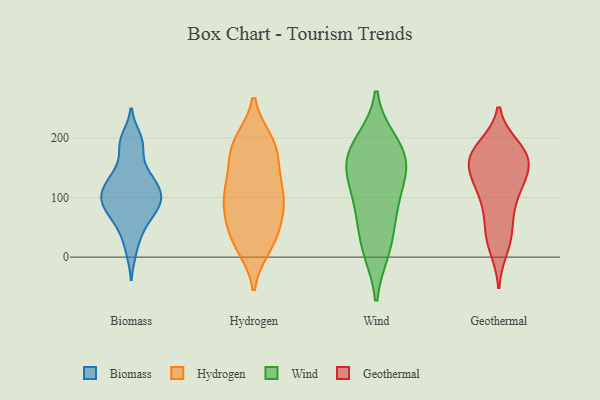
{"axis": {"x": "Website Visitors", "y": "Value"}, "legend": ["Biomass", "Geothermal", "Hydrogen", "Wind"], "data": [{"x": "", "y": 97, "type": "Biomass"}, {"x": "", "y": 188, "type": "Biomass"}, {"x": "", "y": 68, "type": "Biomass"}, {"x": "", "y": 101, "type": "Biomass"}, {"x": "", "y": 107, "type": "Biomass"}, {"x": "", "y": 45, "type": "Biomass"}, {"x": "", "y": 119, "type": "Biomass"}, {"x": "", "y": 61, "type": "Biomass"}, {"x": "", "y": 136, "type": "Biomass"}, {"x": "", "y": 93, "type": "Biomass"}, {"x": "", "y": 136, "type": "Biomass"}, {"x": "", "y": 200, "type": "Biomass"}, {"x": "", "y": 137, "type": "Biomass"}, {"x": "", "y": 11, "type": "Biomass"}, {"x": "", "y": 85, "type": "Biomass"}, {"x": "", "y": 187, "type": "Biomass"}, {"x": "", "y": 94, "type": "Biomass"}, {"x": "", "y": 79, "type": "Hydrogen"}, {"x": "", "y": 104, "type": "Hydrogen"}, {"x": "", "y": 114, "type": "Hydrogen"}, {"x": "", "y": 161, "type": "Hydrogen"}, {"x": "", "y": 193, "type": "Hydrogen"}, {"x": "", "y": 16, "type": "Hydrogen"}, {"x": "", "y": 75, "type": "Hydrogen"}, {"x": "", "y": 102, "type": "Hydrogen"}, {"x": "", "y": 54, "type": "Hydrogen"}, {"x": "", "y": 110, "type": "Hydrogen"}, {"x": "", "y": 150, "type": "Hydrogen"}, {"x": "", "y": 108, "type": "Hydrogen"}, {"x": "", "y": 189, "type": "Hydrogen"}, {"x": "", "y": 17, "type": "Hydrogen"}, {"x": "", "y": 195, "type": "Hydrogen"}, {"x": "", "y": 194, "type": "Hydrogen"}, {"x": "", "y": 37, "type": "Hydrogen"}, {"x": "", "y": 160, "type": "Hydrogen"}, {"x": "", "y": 62, "type": "Hydrogen"}, {"x": "", "y": 27, "type": "Hydrogen"}, {"x": "", "y": 16, "type": "Wind"}, {"x": "", "y": 103, "type": "Wind"}, {"x": "", "y": 140, "type": "Wind"}, {"x": "", "y": 188, "type": "Wind"}, {"x": "", "y": 193, "type": "Wind"}, {"x": "", "y": 151, "type": "Wind"}, {"x": "", "y": 12, "type": "Wind"}, {"x": "", "y": 84, "type": "Wind"}, {"x": "", "y": 156, "type": "Wind"}, {"x": "", "y": 165, "type": "Wind"}, {"x": "", "y": 64, "type": "Wind"}, {"x": "", "y": 176, "type": "Geothermal"}, {"x": "", "y": 130, "type": "Geothermal"}, {"x": "", "y": 14, "type": "Geothermal"}, {"x": "", "y": 183, "type": "Geothermal"}, {"x": "", "y": 23, "type": "Geothermal"}, {"x": "", "y": 118, "type": "Geothermal"}, {"x": "", "y": 164, "type": "Geothermal"}, {"x": "", "y": 122, "type": "Geothermal"}, {"x": "", "y": 73, "type": "Geothermal"}, {"x": "", "y": 153, "type": "Geothermal"}, {"x": "", "y": 112, "type": "Geothermal"}, {"x": "", "y": 98, "type": "Geothermal"}, {"x": "", "y": 159, "type": "Geothermal"}, {"x": "", "y": 50, "type": "Geothermal"}, {"x": "", "y": 178, "type": "Geothermal"}, {"x": "", "y": 159, "type": "Geothermal"}, {"x": "", "y": 44, "type": "Geothermal"}, {"x": "", "y": 160, "type": "Geothermal"}, {"x": "", "y": 185, "type": "Geothermal"}]}